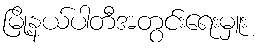
မြို့နယ်ပါတီအတွင်းရေးမှူး